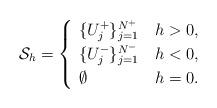
LaTeX: \begin{align*}{\mathcal{S}}_h=\begin{cases}\ \{U_j^{+}\}_{j=1}^{N^{+}} & h>0,\\\ \{U_j^{-}\}_{j=1}^{N^{-}} &h<0,\\\ \emptyset &h=0.\end{cases}\end{align*}